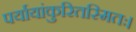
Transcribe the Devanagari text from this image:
पर्यायांकुरितस्मितः।